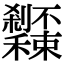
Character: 𥤔